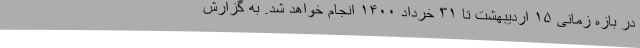
در بازه زمانی ۱۵ اردیبهشت تا ۳۱ خرداد ۱۴۰۰ انجام خواهد شد. به گزارش